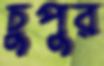
চুপুর